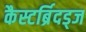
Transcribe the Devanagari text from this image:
कैस्टर्ब्रिदड्ज